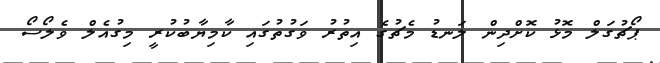
ޕޯޗުގަލް މޮޅު ކޮށްދިން ލަނޑު މެޗުގެ އިތުރު ވަގުތުގައި ކާމިޔާބުކުރީ މިގުއެލް ވެލޯސޯ